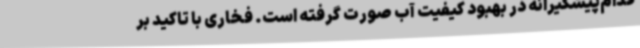
قدام‌پیشگیرانه در بهبود کیفیت آب صورت گرفته است. فخاری با تاکید بر